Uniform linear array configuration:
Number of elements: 8
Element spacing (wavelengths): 0.25
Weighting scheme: hamming
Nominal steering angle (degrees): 30
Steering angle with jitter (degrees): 29.635
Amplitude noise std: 0.05
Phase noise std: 0.05

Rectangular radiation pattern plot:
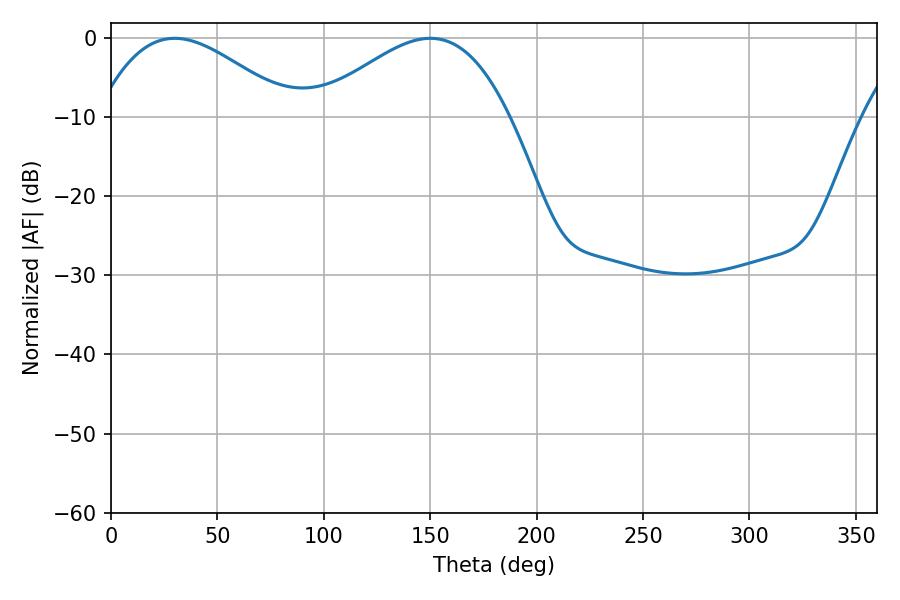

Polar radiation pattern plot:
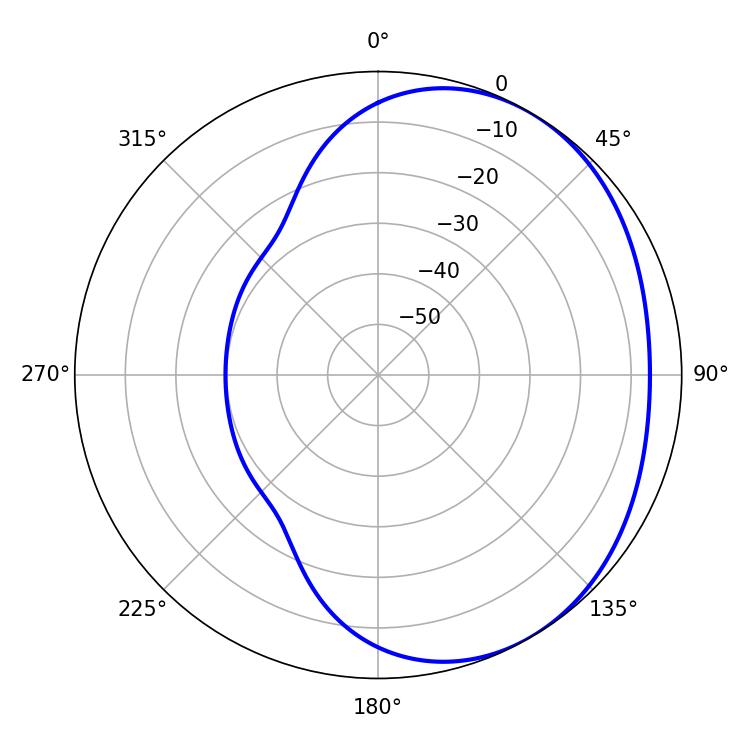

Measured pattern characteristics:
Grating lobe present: FALSE
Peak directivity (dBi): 2.75
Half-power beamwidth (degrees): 49.5
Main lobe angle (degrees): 29.88